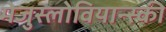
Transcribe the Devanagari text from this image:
मेजुस्लोवियान्स्की